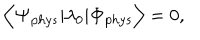
{ \bf \Big < } { \bf \Psi } _ { p h y s } | \lambda _ { 0 } | { \bf \Phi } _ { p h y s } { \bf \Big > } = 0 ,